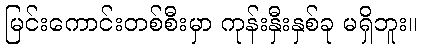
မြင်းကောင်းတစ်စီးမှာ ကုန်းနှီးနှစ်ခု မရှိဘူး။